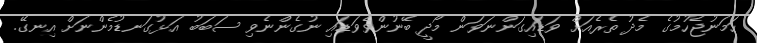
ހަމަނުޖެހުމުގެ މެދު ތެރެއަށް ވަޑައިގަންނަވަން މޯދީ ބޭނުންވެވަޑައި ނުގެންނެވި ސަބަބު އަޅުގަނޑުމެންނަށް އިނގޭ.